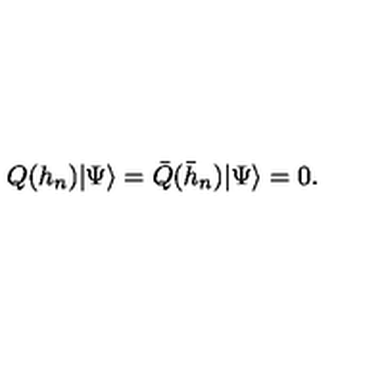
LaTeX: Q ( h _ { n } ) | \Psi \rangle = \bar { Q } ( \bar { h } _ { n } ) | \Psi \rangle = 0 .